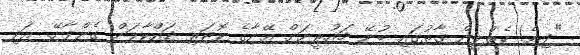
"ދިޔެ! ކެތްލީން ގާތުގައި ބުނޭ މައުރީނަށް އޭނާގެ ކޮޓަރި ދައްކާލަން ގެންދާށޭ. އަދި